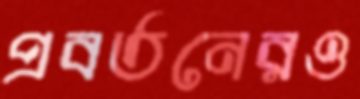
প্রবর্তনেরও